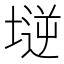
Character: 𡏤